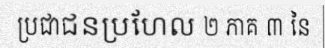
ប្រជាជនប្រហែល ២ ភាគ ៣ នៃ